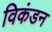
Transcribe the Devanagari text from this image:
विकंडन